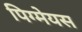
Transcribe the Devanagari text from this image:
पिग्मेयस